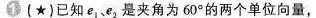
1 (★)已知e_{1}、e_{2}是夹角为60°的两个单位向量，